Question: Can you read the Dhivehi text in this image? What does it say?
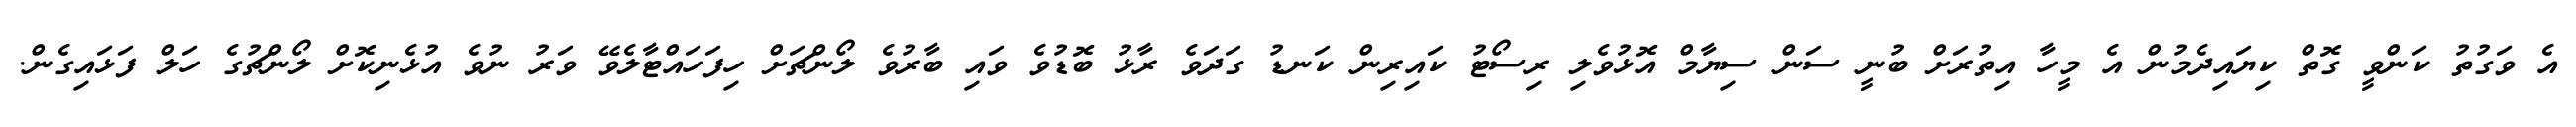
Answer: އެ ވަގުތު ކަންވީ ގޮތް ކިޔައިދެމުން އެ މީހާ އިތުރަށް ބުނީ ސަން ސިޔާމް އޮޅުވެލި ރިސޯޓު ކައިރިން ކަނޑު ގަދަވެ ރާޅު ބޮޑުވެ ވައި ބާރުވެ ލޯންޗަށް ހިފަހައްޓާލެވޭ ވަރު ނުވެ އުޅެނިކޮށް ލޯންޗުގެ ހަލް ފަޅައިގެން.